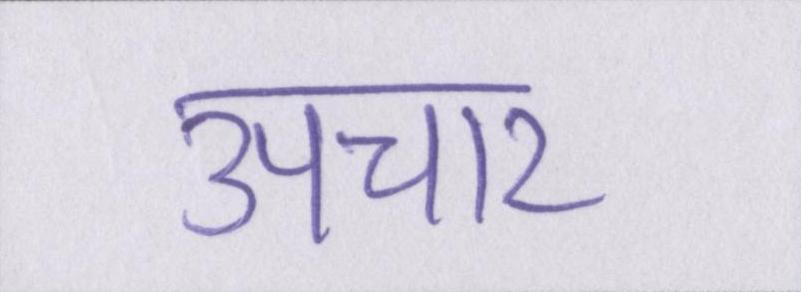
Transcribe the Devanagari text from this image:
उपचार